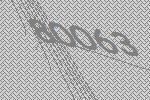
80063